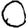
Digit: 0